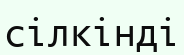
сілкінді